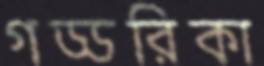
গড্ডরিকা